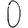
Digit: 0